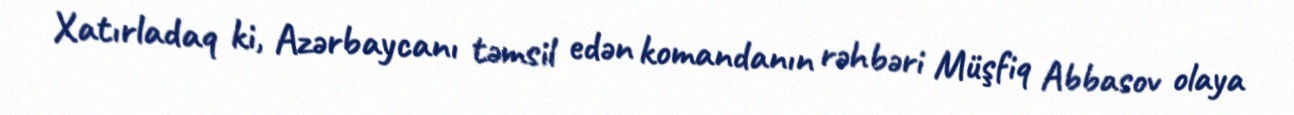
Xatırladaq ki, Azərbaycanı təmsil edən komandanın rəhbəri Müşfiq Abbasov olaya